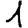
Digit: 1